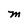
Character: M